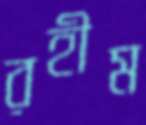
রহীম